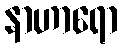
နာဟာရော